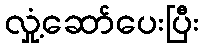
လှုံ့ဆော်ပေးပြီး